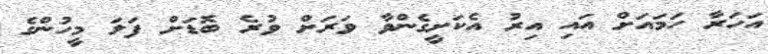
އަހަރާ ހަމައަށް އައި އިރު އެކަށީގެންވާ ވަރަށް ވުރެ ބޮޑަށް ފަލަ މީހުންގެ